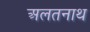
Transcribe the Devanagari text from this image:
अलतनाथ